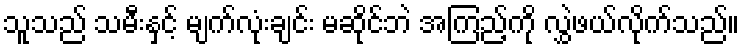
သူသည် သမီးနှင့် မျက်လုံးချင်း မဆိုင်ဘဲ အကြည့်ကို လွှဲဖယ်လိုက်သည်။